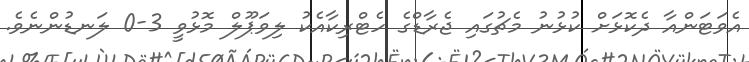
އެވަޓަންއާ ދެކޮޅަށް ކުޅުނު މެޗުގައި ޖެރާޑްގެ ހެޓްރިކާއެކު ލިވަޕޫލް މޮޅުވީ 3-0 ލަނޑުންނެވެ.